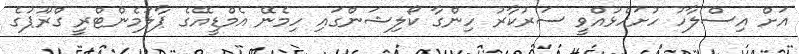
އަށް އިސްލާހު ހުށަހެޅުއްވީ ސަރުކާރު ހިންގާ ކޯލިޝަންގައި ހިމެނޭ އެމްޑީއޭގެ ޕާލަމެންޓްރީ ގްރޫޕުގެ